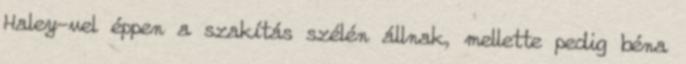
Haley-vel éppen a szakítás szélén állnak, mellette pedig béna